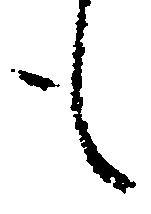
も